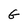
Character: G